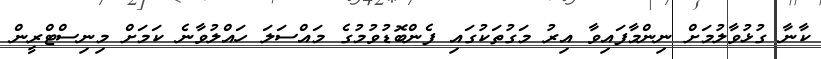
ކާނާ ގުޅުވާލުމަށް ނިންމާފައިވާ އިރު މަގުތަކުގައި ފެންބޮޑުވުމުގެ މައްސަލަ ހައްލުވާނެ ކަމަށް މިނިސްޓްރީން